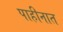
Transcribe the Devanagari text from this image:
पाहीनात